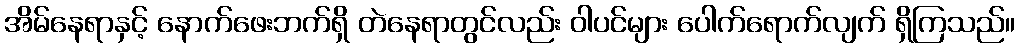
အိမ်နေရာနှင့် နောက်ဖေးဘက်ရှိ တဲနေရာတွင်လည်း ဝါပင်များ ပေါက်ရောက်လျက် ရှိကြသည်။